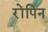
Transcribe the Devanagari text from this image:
रोंपिन